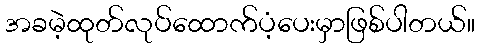
အခမဲ့ထုတ်လုပ်ထောက်ပံ့ပေးမှာဖြစ်ပါတယ်။